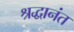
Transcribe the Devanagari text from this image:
श्रद्धानंत